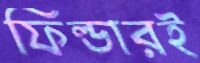
ফিল্ডারই